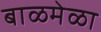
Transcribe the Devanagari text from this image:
बाळमेळा